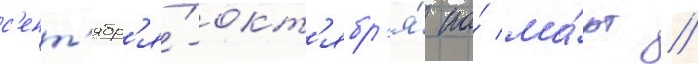
с'ент'ябр'я́-окт'ябр'я́ по́ ма́рт //